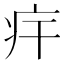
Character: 𤴲